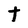
Character: t